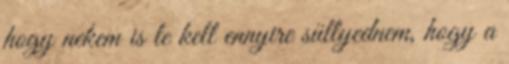
hogy nekem is le kell ennyire süllyednem, hogy a